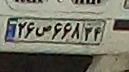
۲۶ص۶۶۸۳۴